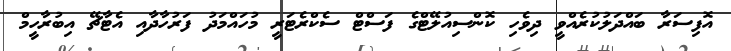
އޮފިސަރާ ބައްދަލުކުރެއްވީ ދިވެހި ކޮންސިއުލޭޓްގެ ފަސްޓް ސެކްރެޓަރީ މުހައްމަދު ފަރުހާދާއި އެޓާޗޭ އިބުރާހީމް